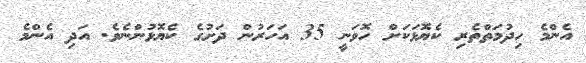
އެންމެ ހިދުމަތްތެރި ކެޔޮޅަކަށް ހޮވަނީ 35 އަހަރުން ދަށުގެ ކެޔޮޅުންނެވެ. އަދި އެންމެ